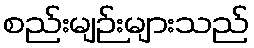
စည်းမျဉ်းများသည်